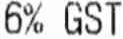
6% GST